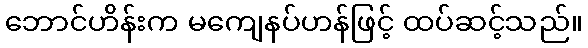
ဘောင်ဟိန်းက မကျေနပ်ဟန်ဖြင့် ထပ်ဆင့်သည်။